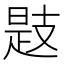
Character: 𢻖